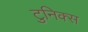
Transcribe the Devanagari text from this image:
टुनिक्स